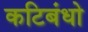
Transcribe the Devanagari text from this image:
कटिबंधो